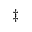
^ \ddagger